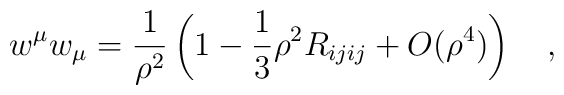
w^\mu w_\mu={1 \over \rho^2}\left(1-\frac 13 \rho^2 R_{ijij}+O(\rho^4)\right)~~~,